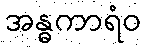
အန္ဓကာရံဝ